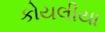
કોયલીયા